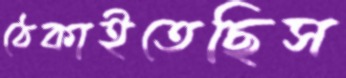
ঠেকাইতেছিস